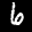
Label: 6